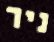
ניר